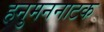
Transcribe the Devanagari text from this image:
हनुमननाटक